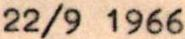
22/9 1966